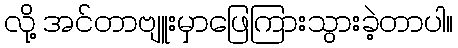
လို့ အင်တာဗျူးမှာဖြေကြားသွားခဲ့တာပါ။